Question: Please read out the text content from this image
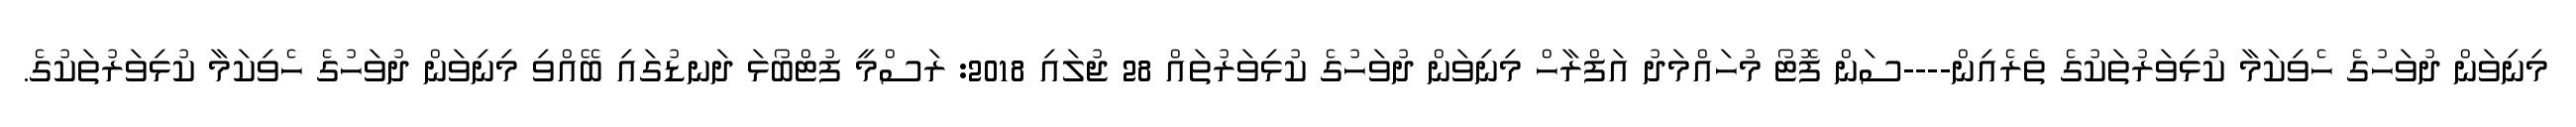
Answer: މިނިވަން ދުވަހުގެ ހެވިކަމާ ކުޅިވަރުތަކުގެ ތެރެއިން----ސަން ފޮޓޯ މުހައްމަދު އަފްރާހް މިނިވަން ދުވަހުގެ ކުޅިވަރުތައް 28 ޖުލައި 2018: ރަސްމީ ފުޓްބޯޅަ ދަނޑުގައި ބޭއްވި މިނިވަން ދުވަހުގެ ހެވިކަމާ ކުޅިވަރުތަކުގެ.